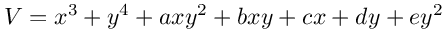
V = x ^ { 3 } + y ^ { 4 } + a x y ^ { 2 } + b x y + c x + d y + e y ^ { 2 }